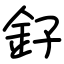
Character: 釨